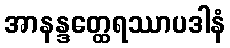
အာနန္ဒတ္ထေရဿာပဒါနံ